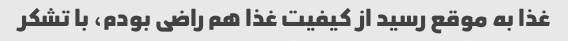
غذا به موقع رسید از کیفیت غذا هم راضی بودم، با تشکر